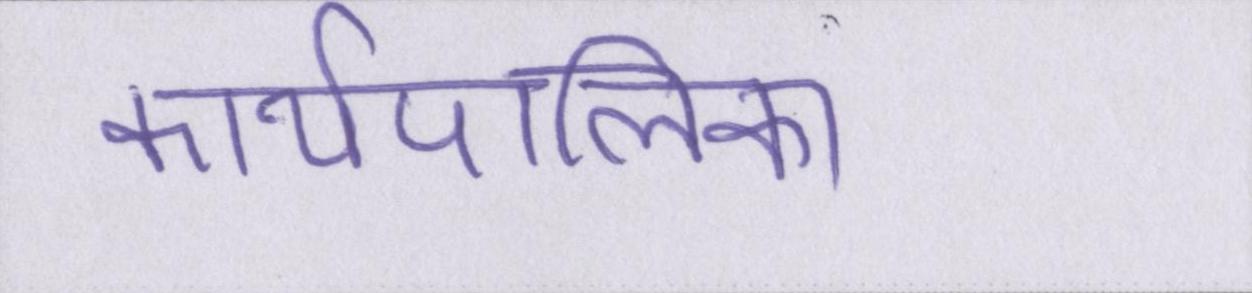
कार्यपालिका